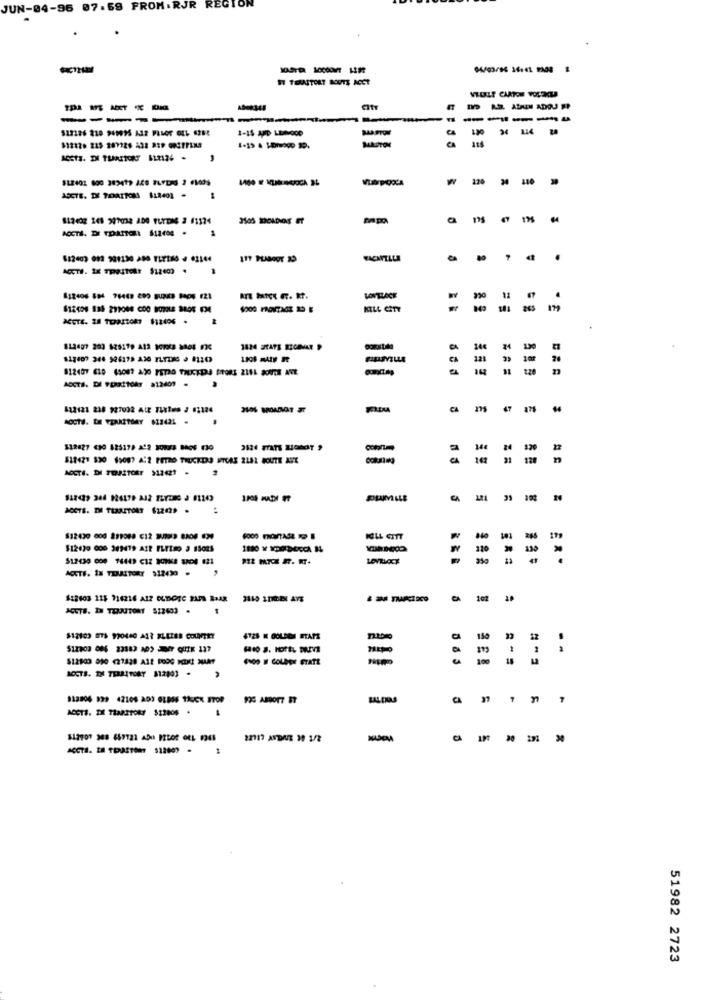
JUN-04-96 07.69 FROM . RJR
REGION
04/03/96 36:41 PM00 1
17 TOUSTOET SOUTE ACCT
-----
----
-----
1-15 AND LEMODO
ALAPTOM
MADTOM
W
120
KILL CITY
120
ACCTS. DI PERSSTORT 812409 .
412121 218 927032 ALE TLXIMO # 82124
CA
m
47
$12827 (30 825179 202 30823 BA06 130
$1842* 330 19007 A:2 PETRO TRUCKDO ITCAS 2LAL ROUTE AVE
ACCTS. DMI TERRITORY $12(2).
:
tet
130
ACTE. IN TERRITORY 512430 .
$12603 115 716216 AIZ OLDOTC 2APR RAAR
ACUTE. IM TOOUTORY 512603 .
$12103 073 990440 AL? SLETES COURTET
150
a
4100 # COLDOF STATE
NOCTS. THE TERRITORY 81290) .
CA
1
51982 2723